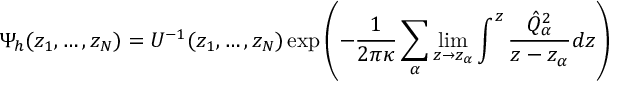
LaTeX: \Psi _ { h } ( z _ { 1 } , \dots , z _ { N } ) = U ^ { - 1 } ( z _ { 1 } , \dots , z _ { N } ) \exp \left( - { \frac { 1 } { 2 \pi \kappa } } \sum _ { \alpha } \operatorname * { l i m } _ { z \rightarrow z _ { \alpha } } \int ^ { z } { \frac { \hat { Q } _ { \alpha } ^ { 2 } } { z - z _ { \alpha } } } d z \right)